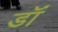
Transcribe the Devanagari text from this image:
डॉं